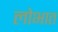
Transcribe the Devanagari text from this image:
लोभात